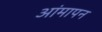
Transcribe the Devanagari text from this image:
आंमापन